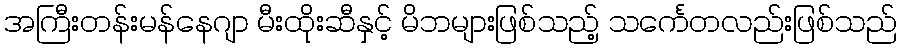
အကြီးတန်းမန်နေဂျာ မီးထိုးဆီနှင့် မိဘများဖြစ်သည့် သင်္ကေတလည်းဖြစ်သည်